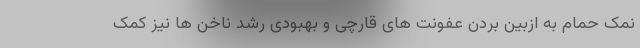
نمک حمام به ازبین بردن عفونت های قارچی و بهبودی رشد ناخن ها نیز کمک